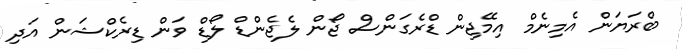
ބްރަޔަން އެމިނެމް އިމޭޖިން ޑްރެގަންސް ޖޯން ލެޖެންޑް ލޯޑް ވަން ޑިރެކްޝަން އަދި